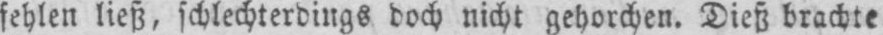
fehlen ließ, schlechterdings doch nicht gehorchen. Dieß brachte